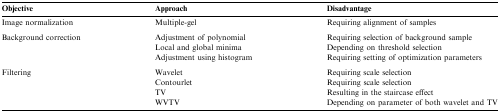
<table><thead><tr><td><b>Objective</b></td><td><b>Approach</b></td><td><b>Disadvantage</b></td></tr></thead><tbody><tr><td>Image normalization</td><td>Multiple-gel</td><td>Requiring alignment of samples</td></tr><tr><td colspan="3">  </td></tr><tr><td rowspan="3">Background correction</td><td>Adjustment of polynomial</td><td>Requiring selection of background sample</td></tr><tr><td>Local and global minima</td><td>Depending on threshold selection</td></tr><tr><td>Adjustment using histogram</td><td>Requiring setting of optimization parameters</td></tr><tr><td colspan="3">  </td></tr><tr><td rowspan="4">Filtering</td><td>Wavelet</td><td>Requiring scale selection</td></tr><tr><td>Contourlet</td><td>Requiring scale selection</td></tr><tr><td>TV</td><td>Resulting in the staircase effect</td></tr><tr><td>WVTV</td><td>Depending on parameter of both wavelet and TV</td></tr></tbody></table>